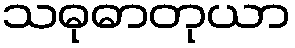
သဓုဓာတုယာ